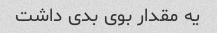
یه مقدار بوی بدی داشت